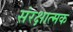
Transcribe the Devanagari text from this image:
संरक्षात्मक